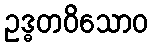
ဥဒ္ဓတဝိသောဝ